Scottish Leaving Certificate Examination, 1957
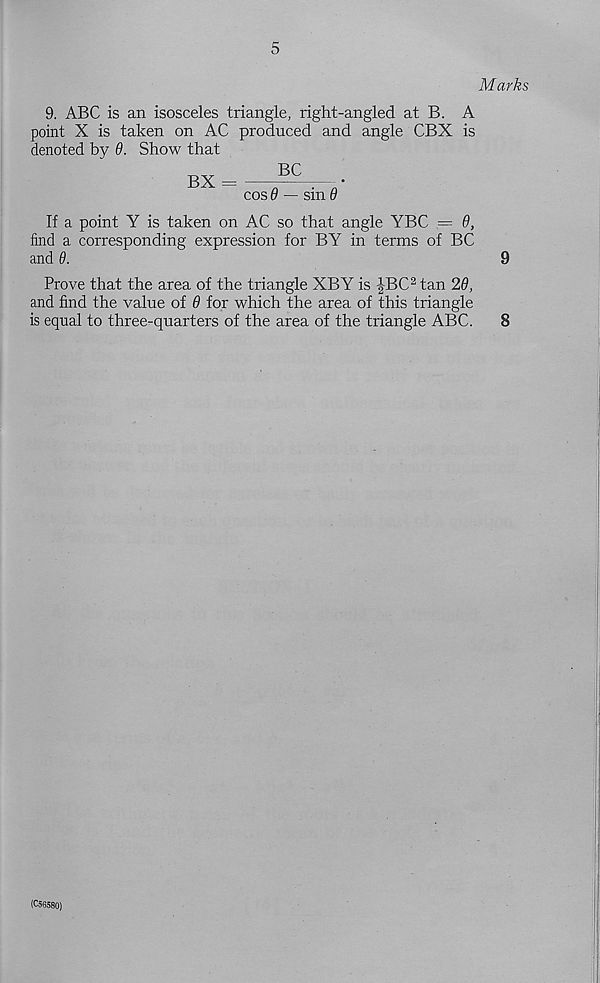
5
Marks
9. ABC is an isosceles triangle, right-angled at B. A
point X is taken on AC produced and angle CBX is
denoted by 9. Show that
cos 6 — sin 9
If a point Y is taken on AC so that angle YBC = 9,
find a corresponding expression for BY in terms of BC
and 9.
9
Prove that the area of the triangle XBY is |BC 2 tan 29,
and find the value of 9 for which the area of this triangle
is equal to three-quarters of the area of the triangle ABC.
8
(C56580)